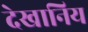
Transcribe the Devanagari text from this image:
देखानिय